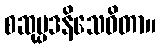
စဆုပ္ပဒနိသေဝိတာ။